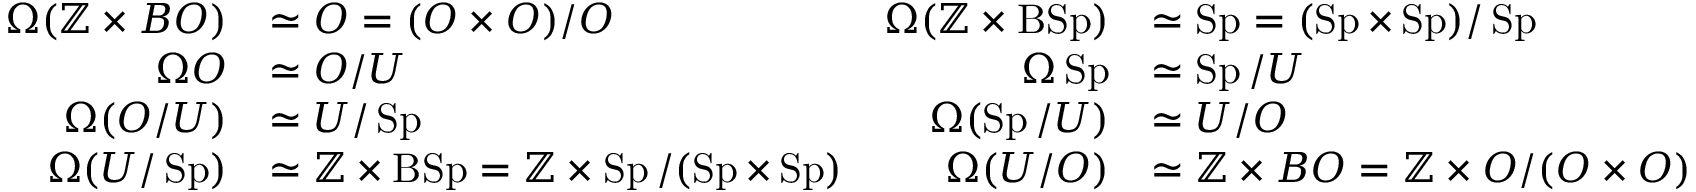
{ \begin{array} { r l r l } { \Omega ( \mathbb { Z } \times B O ) } & { \simeq O = ( O \times O ) / O } & { \Omega ( \mathbb { Z } \times \operatorname { B S p } ) } & { \simeq \operatorname { S p } = ( \operatorname { S p } \times \operatorname { S p } ) / \operatorname { S p } } \\ { \Omega O } & { \simeq O / U } & { \Omega \operatorname { S p } } & { \simeq \operatorname { S p } / U } \\ { \Omega ( O / U ) } & { \simeq U / \operatorname { S p } } & { \Omega ( \operatorname { S p } / U ) } & { \simeq U / O } \\ { \Omega ( U / \operatorname { S p } ) } & { \simeq \mathbb { Z } \times \operatorname { B S p } = \mathbb { Z } \times \operatorname { S p } / ( \operatorname { S p } \times \operatorname { S p } ) } & { \Omega ( U / O ) } & { \simeq \mathbb { Z } \times B O = \mathbb { Z } \times O / ( O \times O ) } \end{array} }